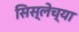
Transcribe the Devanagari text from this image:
सिस्लेच्या